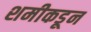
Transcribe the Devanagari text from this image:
शमीकडून